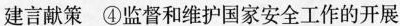
建言献策 ④监督和维护国家安全工作的开展